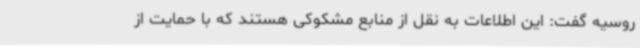
روسیه گفت: این اطلاعات به نقل از منابع مشکوکی هستند که با حمایت از